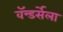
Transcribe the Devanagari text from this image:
वॅन्डर्सेला